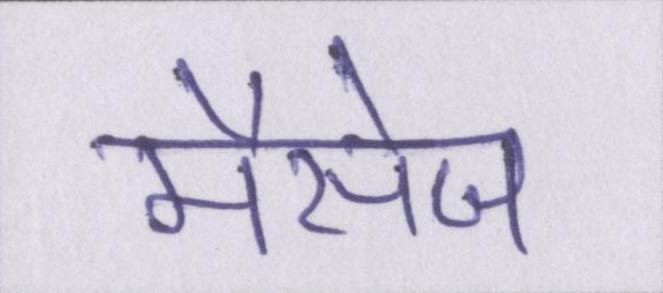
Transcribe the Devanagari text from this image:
मैसेज